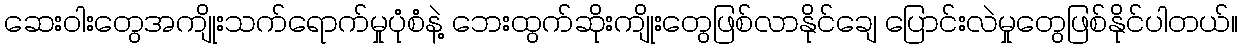
ဆေးဝါးတွေအကျိုးသက်ရောက်မှုပုံစံနဲ့ ဘေးထွက်ဆိုးကျိုးတွေဖြစ်လာနိုင်ချေ ပြောင်းလဲမှုတွေဖြစ်နိုင်ပါတယ်။